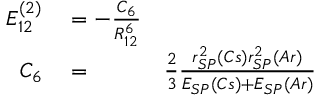
\begin{array} { r l r } { E _ { 1 2 } ^ { ( 2 ) } } & { { } = - \frac { C _ { 6 } } { R _ { 1 2 } ^ { 6 } } } \\ { C _ { 6 } } & { { } = } & { \frac { 2 } { 3 } \frac { r _ { S P } ^ { 2 } ( C s ) r _ { S P } ^ { 2 } ( A r ) } { E _ { S P } ( C s ) + E _ { S P } ( A r ) } } \end{array}